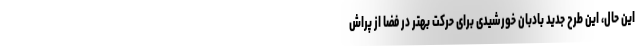
این حال، این طرح جدید بادبان خورشیدی برای حرکت بهتر در فضا از پراش